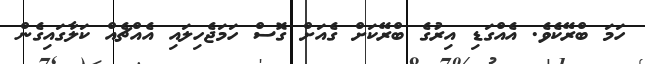
ހަމަ ބްރޭކެވެ. އެއްގަޑި އިރުގެ ބްރޭކަށް ގެއަށް ގޮސް ހަމަޖެހިލައި އެއްޗެއް ކަލާގައިގެން